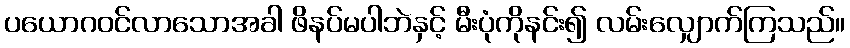
ပယောဂဝင်လာသောအခါ ဖိနပ်မပါဘဲနှင့် မီးပုံကိုနင်း၍ လမ်းလျှောက်ကြသည်။